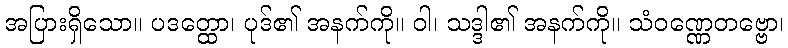
အပြားရှိသော။ ပဒတ္ထော၊ ပုဒ်၏ အနက်ကို။ ဝါ၊ သဒ္ဒါ၏ အနက်ကို။ သံဝဏ္ဏေတဗ္ဗော၊